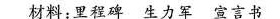
材料：里程碑生力军宣言书